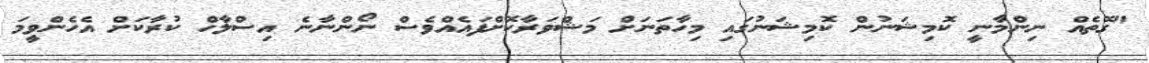
"ގޮތެއް ނިންމާނީ ކޮމިޝަނުން ކޮމިޝަނުގައި މިހާތަނަށް މަޝްވަރާކޮށްފައެއްވެސް ނޯންނާނެ އިސްލާހް ކުރާކަށް އެހެންވީމަ